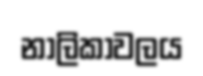
නාලිකාවලය